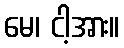
မေ၊ ငါ့အား။